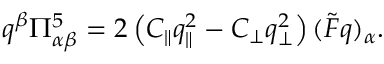
q ^ { \beta } \Pi _ { \alpha \beta } ^ { 5 } = 2 \left( C _ { \parallel } q _ { \parallel } ^ { 2 } - C _ { \bot } q _ { \bot } ^ { 2 } \right) ( \tilde { F } q ) _ { \alpha } .